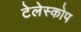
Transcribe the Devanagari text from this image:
टेलेस्कोप